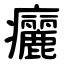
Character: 㿛